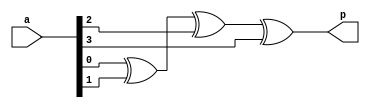
module parity(a,p);
parameter n = 4;
input [n-1:0]a;
output reg p;
integer i;
always@(*)
begin
p=a[0]^a[1];
for(i=2;i<n;i=i+1)	
	p=p^a[i];
end
endmodule